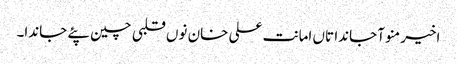
اخیر منو آ جاندا تاں امانت علی خان نوں قلبی چین پئے جاندا۔